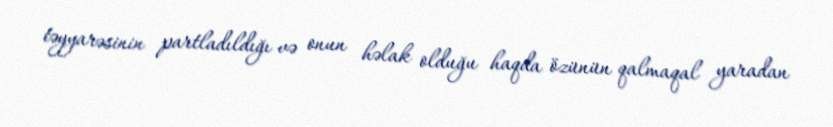
təyyarəsinin partladıldığı və onun həlak olduğu haqda özünün qalmaqal yaradan